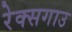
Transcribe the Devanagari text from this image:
रेक्सगाउ